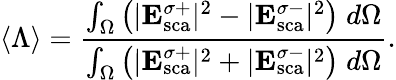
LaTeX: \langle\Lambda\rangle=\frac{\int_{\Omega}\left({|{\mathbf E}_{\mathrm{{sca}}}^{\sigma+}}|^{2}-{|{\mathbf E}_{\mathrm{{sca}}}^{\sigma-}}|^{2}\right)\; d\Omega}{\int_{\Omega}\left({|{\mathbf E}_{\mathrm{{sca}}}^{\sigma+}}|^{2}+{|{\mathbf E}_{\mathrm{{sca}}}^{\sigma-}}|^{2}\right)\; d\Omega}.